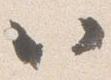
以